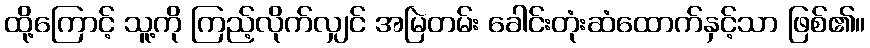
ထို့ကြောင့် သူ့ကို ကြည့်လိုက်လျှင် အမြဲတမ်း ခေါင်းတုံးဆံထောက်နှင့်သာ ဖြစ်၏။